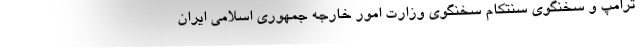
ترامپ و سخنگوی سنتکام سخنگوی وزارت امور خارجه جمهوری اسلامی ایران